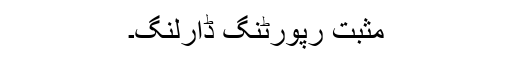
مثبت رپورٹنگ ڈارلنگ۔